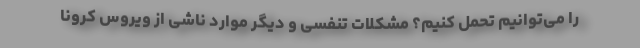
را می‌توانیم تحمل کنیم؟ مشکلات تنفسی و دیگر موارد ناشی از ویروس کرونا